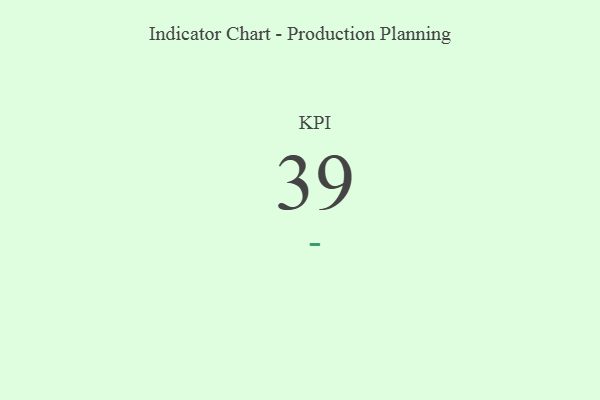
{"axis": {"x": "KPI", "y": "Value"}, "legend": [""], "data": [{"x": "KPI", "y": 39, "type": ""}]}